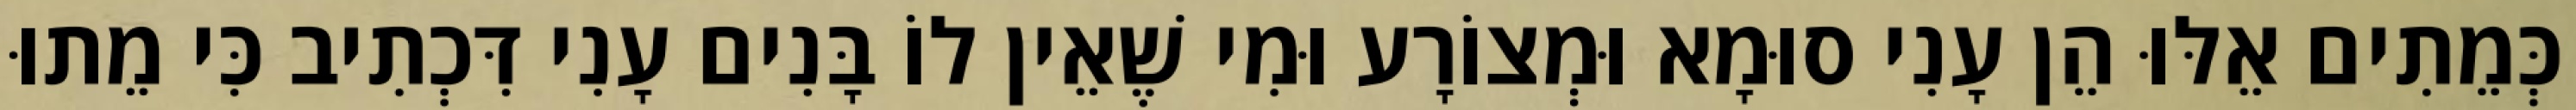
כְּמֵתִים אֵלּוּ הֵן עָנִי סוּמָא וּמְצוֹרָע וּמִי שֶׁאֵין לוֹ בָּנִים עָנִי דִּכְתִיב כִּי מֵתוּ